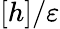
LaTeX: [h]/\varepsilon